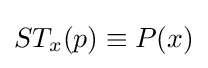
ST_{x}(p)\equiv P(x)